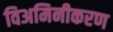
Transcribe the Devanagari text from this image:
विअमिनीकरण